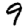
Digit: 9